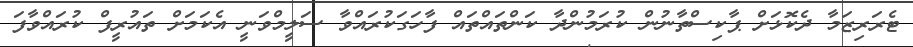
ޓެރަރިޒަމާ ދެކޮޅަށް ޕާކިސްތާނުން ކުރަމުންދާ ކަންތައްތައް ފާހަގަކުރައްވާ ސަލީމްވަނީ އެކަމަށް ތައުރީފް ކުރައްވާފަ